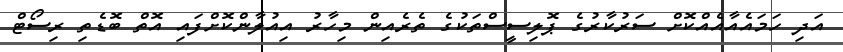
އަދި ހަމައެއާއެއްކޮށް ސަރުކާރުގެ ޕޮލިސީސްތަކުގެ ތެރެއިން މިހާރު އިއުލާންކޮށްފައި އޮތް ބޮޑެތި ރިސޯޓް